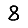
Digit: 8